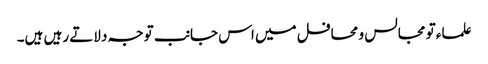
علماء تو مجالس و محافل میں اس جانب توجہ دلاتے رہیں ہیں۔